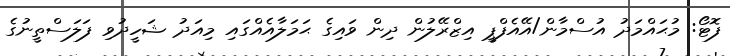
ފޮޓޯ: މުޙައްމަދު އުސްމާން/އޭއެފްޕީ އިޒްރޭލުން ދިން ވައިގެ ޙަމަލާއެއްގައި މިއަދު ޝަހީދުވި ފަލަސްތީނުގެ